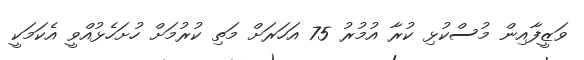
ވަޒީފާއިން މުސްކުޅި ކުރާ އުމުރު 75 އަހަރަށް މަތި ކުރުމަށް ހުށަހެޅުއްވީ އެކަމަކީ